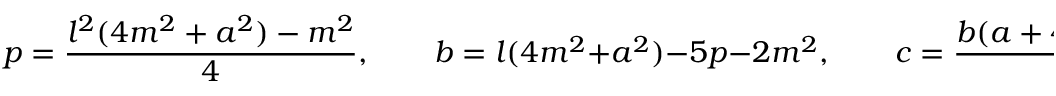
p = { \frac { l ^ { 2 } ( 4 m ^ { 2 } + a ^ { 2 } ) - m ^ { 2 } } { 4 } } , \qquad b = l ( 4 m ^ { 2 } + a ^ { 2 } ) - 5 p - 2 m ^ { 2 } , \qquad c = { \frac { b ( a + 4 m ) - p ( a - 4 m ) - a ^ { 2 } m } { 2 } }